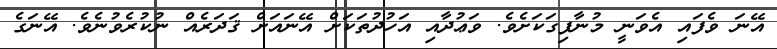
އޭނަ ވެފައި އެވަނީ މުނާފިގަކަށެވެ. ވަޢުދާއި އަހުދުތަކަށް އޭނައަށް ޤަދަރެއް ނުކުރެވުނެވެ. އޭނަގެ